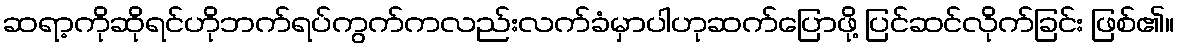
ဆရာ့ကိုဆိုရင်ဟိုဘက်ရပ်ကွက်ကလည်းလက်ခံမှာပါဟုဆက်ပြောဖို့ ပြင်ဆင်လိုက်ခြင်း ဖြစ်၏။